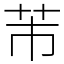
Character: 芾